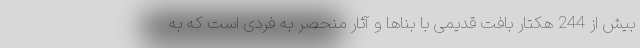
بیش از 244 هکتار بافت قدیمی با بناها و آثار منحصر به فردی است که به